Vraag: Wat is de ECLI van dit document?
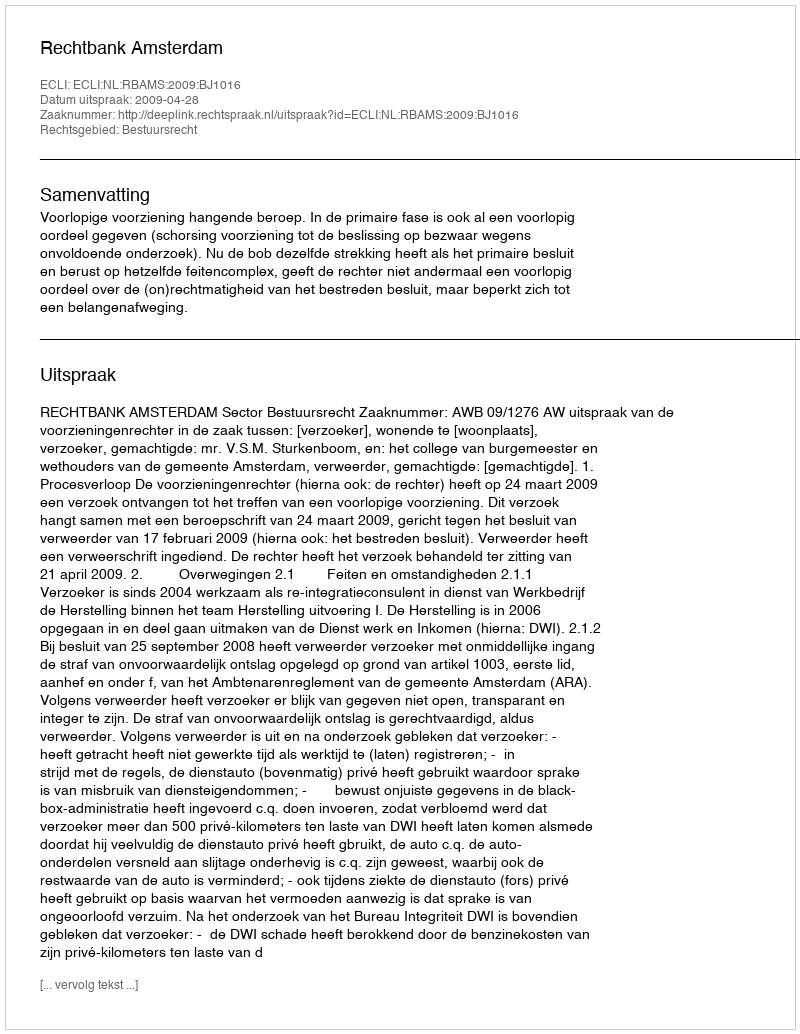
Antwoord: ECLI:NL:RBAMS:2009:BJ1016